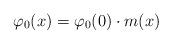
LaTeX: \begin{align*} \varphi_{0}(x)= \varphi_{0}(0)\cdot m(x) \end{align*}